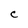
Character: C